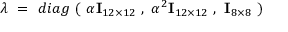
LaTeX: \lambda \ = \ d i a g \ ( \ \alpha { \bf I } _ { 1 2 \times 1 2 } \ , \ \alpha ^ { 2 } { \bf I } _ { 1 2 \times 1 2 } \ , \ { \bf I } _ { 8 \times 8 } \ )